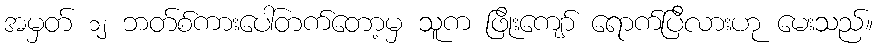
အမှတ် ၁၂ ဘတ်စ်ကားပေါ်တက်တော့မှ သူက ဖြိုးကျော် ရောက်ပြီလားဟု မေးသည်။